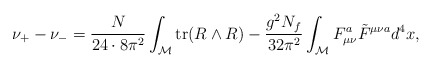
\begin{align*}\nu_+ - \nu_- = \frac {N}{24 \cdot 8 \pi^2} \int_{\cal M} \hbox {tr} (R \wedge R) - \frac {g^2 N_f}{32 \pi^2} \int_{\cal M} F^{a}_{\mu \nu} \tilde{F}^{\mu \nu a} d^4 x,\end{align*}